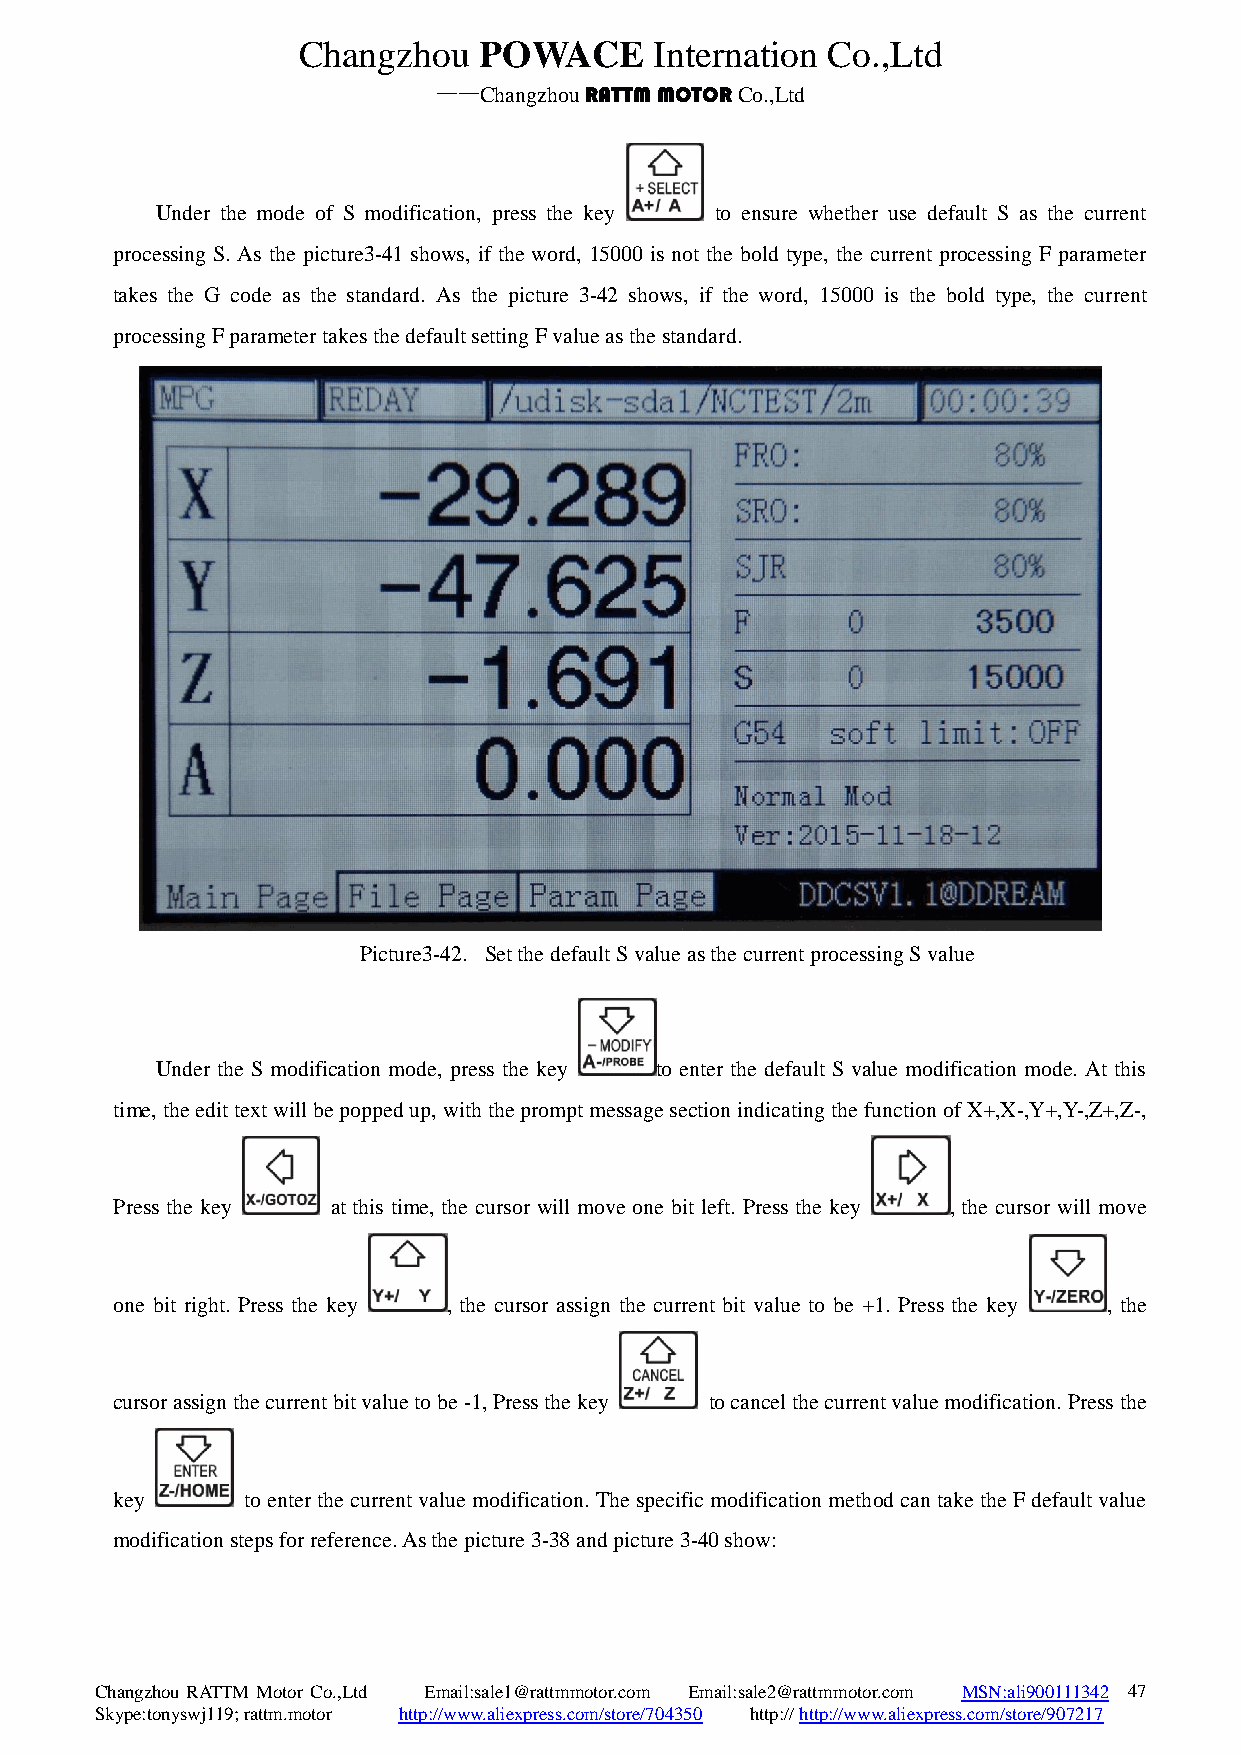
Changzhou   POWACE     Internation Co.,Ltd
 ——Changzhou RATTM MOTOR Co.,Ltd
 Under the mode of S modification, press the key to ensure whether use default S as the current
 processing S. As the picture3-41 shows, if the word, 15000 is not the bold type, the current processing F parameter
 takes the G code as the standard. As the picture 3-42 shows, if the word, 15000 is the bold type, the current
 processing F parameter takes the default setting F value as the standard.
 Picture3-42. Set the default S value as the current processing S value
 Under the S modification mode, press the key to enter the default S value modification mode. At this
 time, the edit text will be popped up, with the prompt message section indicating the function of X+,X-,Y+,Y-,Z+,Z-,
 Press the key  at this time, the cursor will move one bit left. Press the key , the cursor will move
 one bit right. Press the key , the cursor assign the current bit value to be +1. Press the key , the
 cursor assign the current bit value to be -1, Press the key to cancel the current value modification. Press the
 key      to enter the current value modification. The specific modification method can take the F default value
 modification steps for reference. As the picture 3-38 and picture 3-40 show:
 Changzhou RATTM Motor Co.,Ltd Email:sale1@rattmmotor.com Email:sale2@rattmmotor.com MSN:ali900111342 4 7
 Skype:tonyswj119; rattm.motor http://www.aliexpress.com/store/704350 http:// http://www.aliexpress.com/store/907217